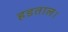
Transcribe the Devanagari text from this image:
हडताल।